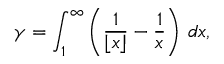
\gamma = \int _ { 1 } ^ { \infty } \left( { \frac { 1 } { \lfloor x \rfloor } } - { \frac { 1 } { x } } \right) \, d x ,